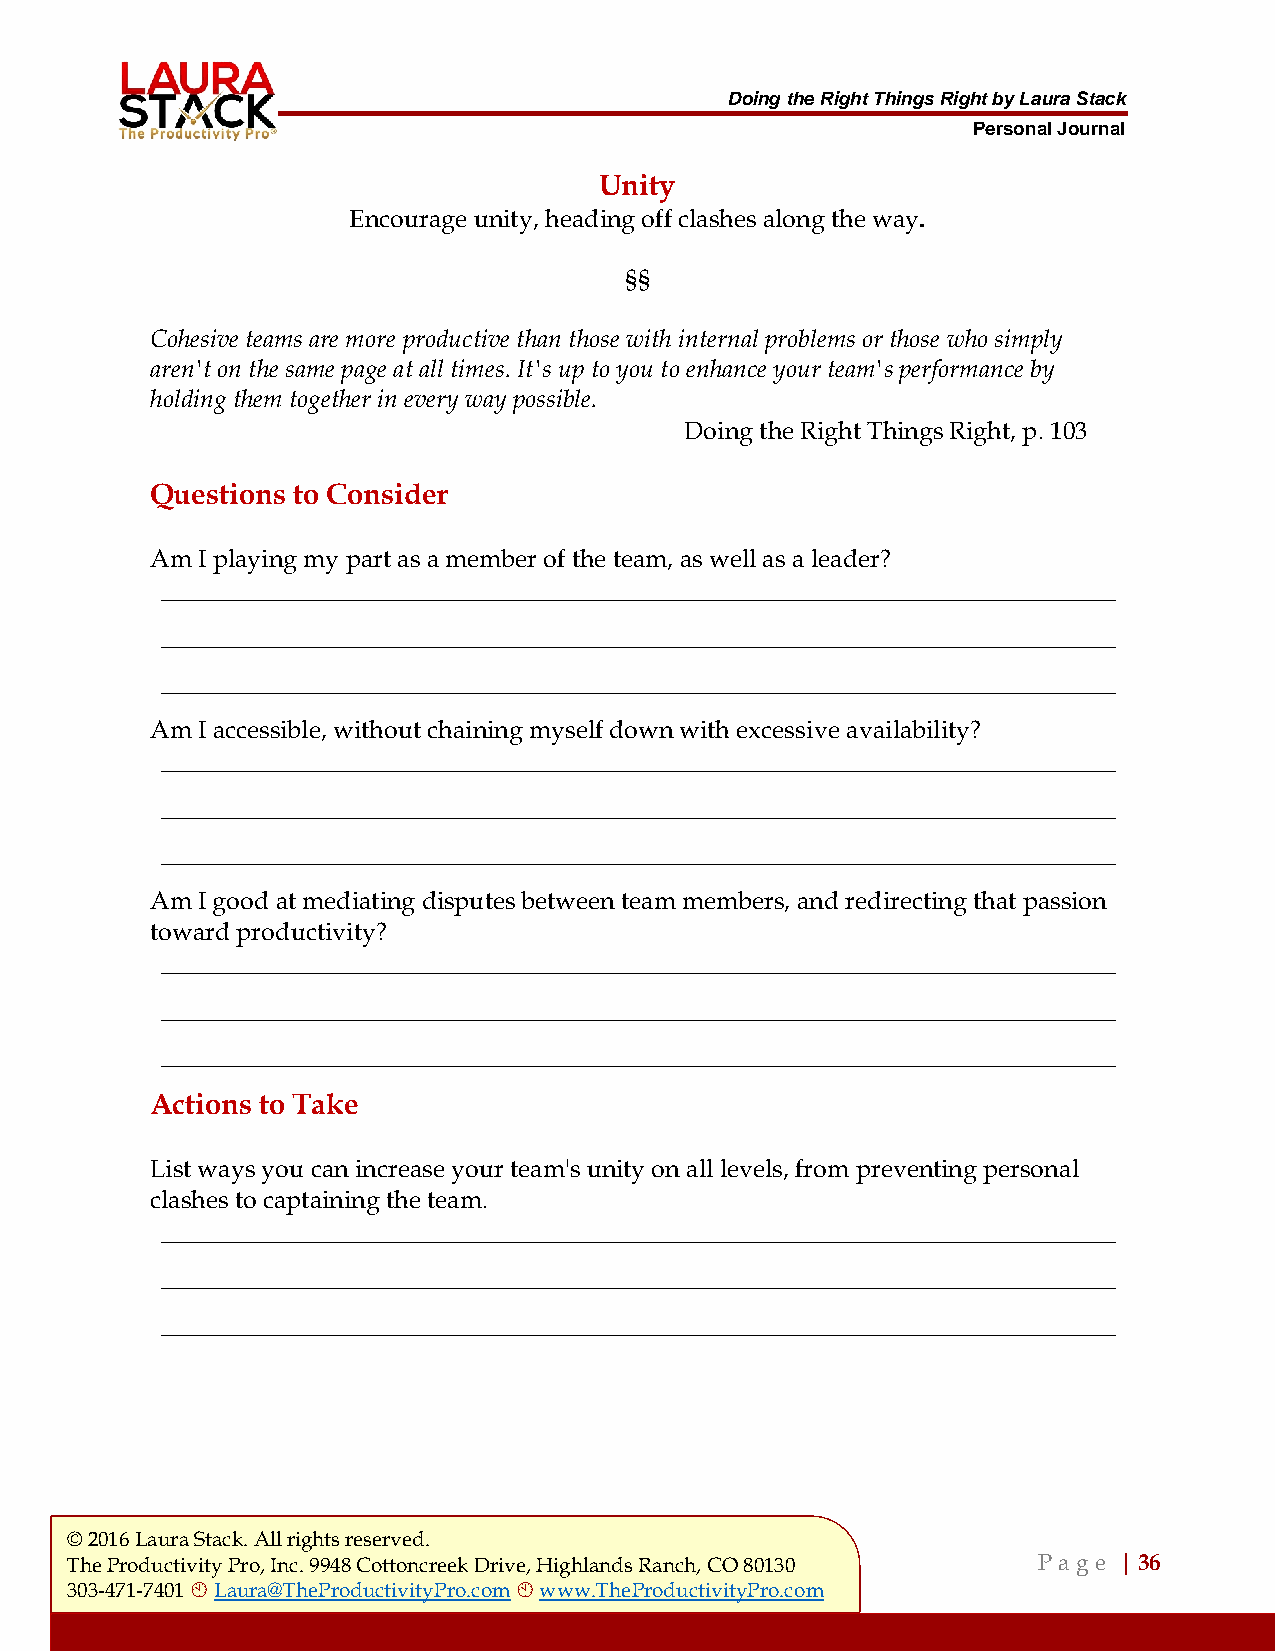
Doing the Right Things Right by Laura Stack
 Personal Journal
 Unity
 Encourage unity, heading off clashes along the way.
 §§
 Cohesive teams are more productive than those with internal problems or those who simply
 aren't on the same page at all times. It's up to you to enhance your team's performance by
 holding them together in every way possible.
 Doing the Right Things Right, p. 103
 Questions to Consider
 Am I playing my part as a member of the team, as well as a leader?
 ___________________________________________________________________________________
 ___________________________________________________________________________________
 ___________________________________________________________________________________
 Am I accessible, without chaining myself down with excessive availability?
 ___________________________________________________________________________________
 ___________________________________________________________________________________
 ___________________________________________________________________________________
 Am I good at mediating disputes between team members, and redirecting that passion
 toward productivity?
 ___________________________________________________________________________________
 ___________________________________________________________________________________
 ___________________________________________________________________________________
 Actions to Take
 List ways you can increase your team's unity on all levels, from preventing personal
 clashes to captaining the team.
 ___________________________________________________________________________________
 ___________________________________________________________________________________
 ___________________________________________________________________________________
 © 2016 Laura Stack. All rights reserved.
 The Productivity Pro, Inc. 9948 Cottoncreek Drive, Highlands Ranch, CO 80130 P a ge | 36
 303-471-7401  Laura@TheProductivityPro.com  www.TheProductivityPro.com